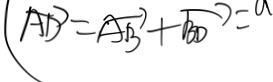
\overrightarrow { A D } = \overrightarrow { A B } + \overrightarrow { B D } = a